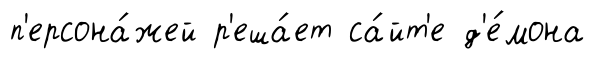
п'ерсона́жей р'еша́ет са́йт'е д'е́мона